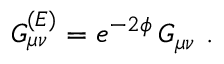
G _ { \mu \nu } ^ { ( E ) } = e ^ { - 2 \phi } \, G _ { \mu \nu } \ .